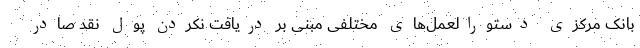
بانک مرکزی دستورالعمل‌های مختلفی مبنی بر دریافت نکردن پول نقد صادر